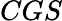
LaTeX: CGS